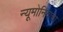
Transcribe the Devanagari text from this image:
न्यूमोनियाचा